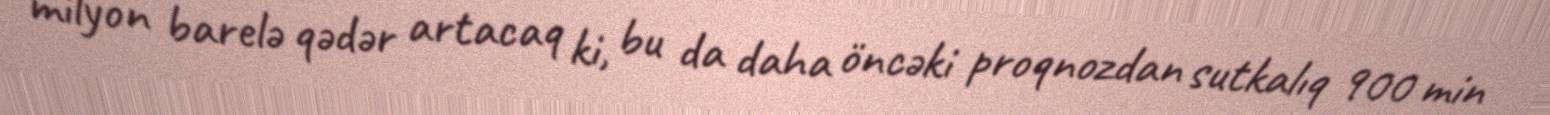
milyon barelə qədər artacaq ki, bu da daha öncəki proqnozdan sutkalıq 900 min